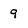
Character: 9